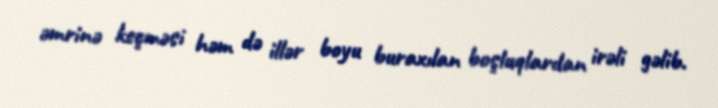
əmrinə keçməsi həm də illər boyu buraxılan boşluqlardan irəli gəlib.